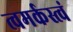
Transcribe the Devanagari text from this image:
त्वमर्कस्त्वं